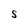
Character: S